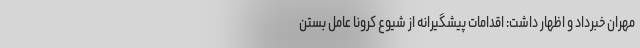
مهران خبرداد و اظهار داشت: اقدامات پیشگیرانه از شیوع کرونا عامل بستن